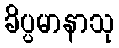
ခိပ္ပမာနာသု